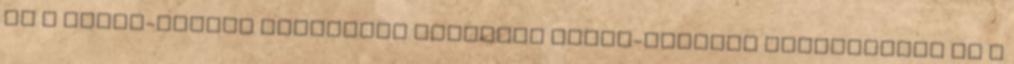
és a Fehér-tenger összekötő csatorna fehér-tengeri bejáratának és a